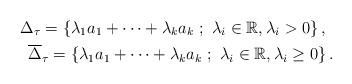
LaTeX: \begin{gather*}\Delta_{\tau}=\left\{\lambda_{1}a_{1}+\cdots+\lambda_ka_k\ ;\ \lambda_{i}\in\mathbb{R},\lambda_{i}>0\right\},\\\quad\overline{\Delta}_{\tau}=\left\{\lambda_{1}a_{1}+\cdots+\lambda_ka_k\ ;\ \lambda_{i}\in\mathbb{R},\lambda_{i}\geq0\right\}.\end{gather*}